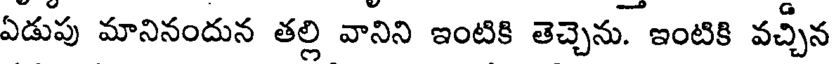
ఏడుపు మానినందున తల్లి వానిని ఇంటికి తెచ్చెను. ఇంటికి వచ్చిన